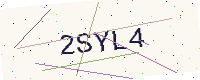
Text: 2SYL4